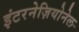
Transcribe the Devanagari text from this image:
इंटरनेज़ियोनेल